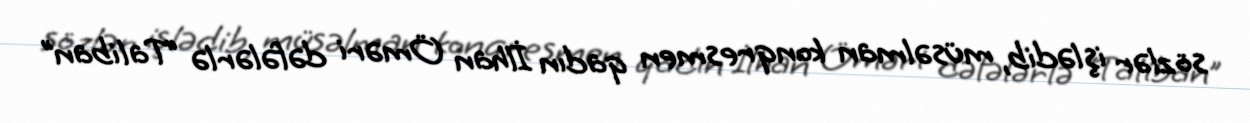
sözlər işlədib, müsəlman konqresmen qadın İlhan Öməri dəfələrlə “Taliban”